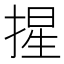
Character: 𭡦